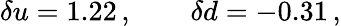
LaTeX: \delta u=1.22\, ,\qquad\delta d=-0.31\, ,